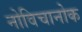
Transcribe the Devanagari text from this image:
नोविचानोक